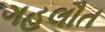
ગહલૌત